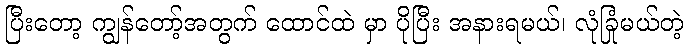
ပြီးတော့ ကျွန်တော့်အတွက် ထောင်ထဲ မှာ ပိုပြီး အနားရမယ်၊ လုံခြုံမယ်တဲ့